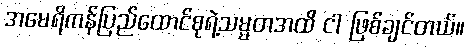
အမေရိကန်ပြည်ထောင်စုရဲ့သမ္မတအထိ ငါ ဖြစ်ချင်တယ်။